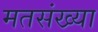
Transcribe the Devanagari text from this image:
मतसंख्या